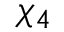
\chi _ { 4 }